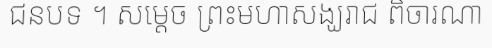
ជនបទ ។ សម្តេច ព្រះមហាសង្ឃរាជ ពិចារណា